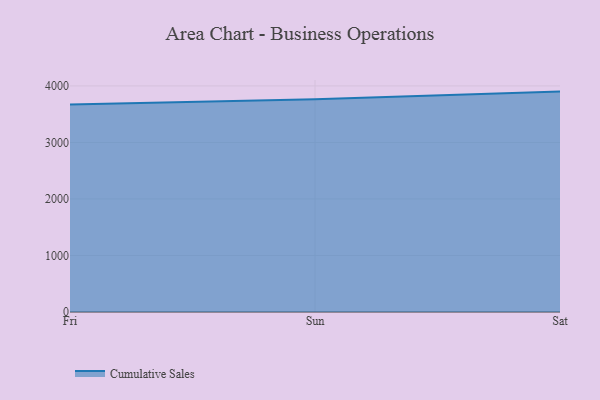
{"axis": {"x": "Day", "y": "Headcount"}, "legend": ["Cumulative Sales"], "data": [{"x": "Fri", "y": 3670.1, "type": "Cumulative Sales"}, {"x": "Sun", "y": 3765.8, "type": "Cumulative Sales"}, {"x": "Sat", "y": 3899.3, "type": "Cumulative Sales"}]}